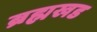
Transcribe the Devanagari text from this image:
ब्रह्मखड